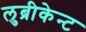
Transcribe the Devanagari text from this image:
लुब्रीकेन्ट